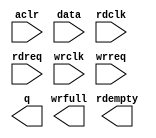
// This program was cloned from: https://github.com/spacemen3/PDP-1
// License: MIT License

// megafunction wizard: %FIFO%VBB%
// GENERATION: STANDARD
// VERSION: WM1.0
// MODULE: dcfifo_mixed_widths 

// ============================================================
// Megafunction Name(s):
// 			dcfifo_mixed_widths
//
// Simulation Library Files(s):
// 			altera_mf
// ============================================================
// ************************************************************
// THIS IS A WIZARD-GENERATED FILE. DO NOT EDIT THIS FILE!
//
// 20.1.1 Build 720 11/11/2020 SJ Standard Edition
// ************************************************************

//Copyright (C) 2020  Intel Corporation. All rights reserved.
//Your use of Intel Corporation's design tools, logic functions 
//and other software and tools, and any partner logic 
//functions, and any output files from any of the foregoing 
//(including device programming or simulation files), and any 
//associated documentation or information are expressly subject 
//to the terms and conditions of the Intel Program License 
//Subscription Agreement, the Intel Quartus Prime License Agreement,
//the Intel FPGA IP License Agreement, or other applicable license
//agreement, including, without limitation, that your use is for
//the sole purpose of programming logic devices manufactured by
//Intel and sold by Intel or its authorized distributors.  Please
//refer to the applicable agreement for further details, at
//https://fpgasoftware.intel.com/eula.

module data_fifo (
	aclr,
	data,
	rdclk,
	rdreq,
	wrclk,
	wrreq,
	q,
	rdempty,
	wrfull);

	input	  aclr;
	input	[31:0]  data;
	input	  rdclk;
	input	  rdreq;
	input	  wrclk;
	input	  wrreq;
	output	[7:0]  q;
	output	  rdempty;
	output	  wrfull;
`ifndef ALTERA_RESERVED_QIS
// synopsys translate_off
`endif
	tri0	  aclr;
`ifndef ALTERA_RESERVED_QIS
// synopsys translate_on
`endif

endmodule

// ============================================================
// CNX file retrieval info
// ============================================================
// Retrieval info: PRIVATE: AlmostEmpty NUMERIC "0"
// Retrieval info: PRIVATE: AlmostEmptyThr NUMERIC "-1"
// Retrieval info: PRIVATE: AlmostFull NUMERIC "0"
// Retrieval info: PRIVATE: AlmostFullThr NUMERIC "-1"
// Retrieval info: PRIVATE: CLOCKS_ARE_SYNCHRONIZED NUMERIC "0"
// Retrieval info: PRIVATE: Clock NUMERIC "4"
// Retrieval info: PRIVATE: Depth NUMERIC "8192"
// Retrieval info: PRIVATE: Empty NUMERIC "1"
// Retrieval info: PRIVATE: Full NUMERIC "0"
// Retrieval info: PRIVATE: INTENDED_DEVICE_FAMILY STRING "Cyclone V"
// Retrieval info: PRIVATE: LE_BasedFIFO NUMERIC "0"
// Retrieval info: PRIVATE: LegacyRREQ NUMERIC "0"
// Retrieval info: PRIVATE: MAX_DEPTH_BY_9 NUMERIC "0"
// Retrieval info: PRIVATE: OVERFLOW_CHECKING NUMERIC "0"
// Retrieval info: PRIVATE: Optimize NUMERIC "2"
// Retrieval info: PRIVATE: RAM_BLOCK_TYPE NUMERIC "0"
// Retrieval info: PRIVATE: SYNTH_WRAPPER_GEN_POSTFIX STRING "0"
// Retrieval info: PRIVATE: UNDERFLOW_CHECKING NUMERIC "0"
// Retrieval info: PRIVATE: UsedW NUMERIC "0"
// Retrieval info: PRIVATE: Width NUMERIC "32"
// Retrieval info: PRIVATE: dc_aclr NUMERIC "1"
// Retrieval info: PRIVATE: diff_widths NUMERIC "1"
// Retrieval info: PRIVATE: msb_usedw NUMERIC "0"
// Retrieval info: PRIVATE: output_width NUMERIC "8"
// Retrieval info: PRIVATE: rsEmpty NUMERIC "1"
// Retrieval info: PRIVATE: rsFull NUMERIC "0"
// Retrieval info: PRIVATE: rsUsedW NUMERIC "0"
// Retrieval info: PRIVATE: sc_aclr NUMERIC "0"
// Retrieval info: PRIVATE: sc_sclr NUMERIC "1"
// Retrieval info: PRIVATE: wsEmpty NUMERIC "0"
// Retrieval info: PRIVATE: wsFull NUMERIC "1"
// Retrieval info: PRIVATE: wsUsedW NUMERIC "0"
// Retrieval info: LIBRARY: altera_mf altera_mf.altera_mf_components.all
// Retrieval info: CONSTANT: INTENDED_DEVICE_FAMILY STRING "Cyclone V"
// Retrieval info: CONSTANT: LPM_NUMWORDS NUMERIC "8192"
// Retrieval info: CONSTANT: LPM_SHOWAHEAD STRING "ON"
// Retrieval info: CONSTANT: LPM_TYPE STRING "dcfifo_mixed_widths"
// Retrieval info: CONSTANT: LPM_WIDTH NUMERIC "32"
// Retrieval info: CONSTANT: LPM_WIDTHU NUMERIC "13"
// Retrieval info: CONSTANT: LPM_WIDTHU_R NUMERIC "15"
// Retrieval info: CONSTANT: LPM_WIDTH_R NUMERIC "8"
// Retrieval info: CONSTANT: OVERFLOW_CHECKING STRING "ON"
// Retrieval info: CONSTANT: RDSYNC_DELAYPIPE NUMERIC "5"
// Retrieval info: CONSTANT: READ_ACLR_SYNCH STRING "OFF"
// Retrieval info: CONSTANT: UNDERFLOW_CHECKING STRING "ON"
// Retrieval info: CONSTANT: USE_EAB STRING "ON"
// Retrieval info: CONSTANT: WRITE_ACLR_SYNCH STRING "OFF"
// Retrieval info: CONSTANT: WRSYNC_DELAYPIPE NUMERIC "5"
// Retrieval info: USED_PORT: aclr 0 0 0 0 INPUT GND "aclr"
// Retrieval info: USED_PORT: data 0 0 32 0 INPUT NODEFVAL "data[31..0]"
// Retrieval info: USED_PORT: q 0 0 8 0 OUTPUT NODEFVAL "q[7..0]"
// Retrieval info: USED_PORT: rdclk 0 0 0 0 INPUT NODEFVAL "rdclk"
// Retrieval info: USED_PORT: rdempty 0 0 0 0 OUTPUT NODEFVAL "rdempty"
// Retrieval info: USED_PORT: rdreq 0 0 0 0 INPUT NODEFVAL "rdreq"
// Retrieval info: USED_PORT: wrclk 0 0 0 0 INPUT NODEFVAL "wrclk"
// Retrieval info: USED_PORT: wrfull 0 0 0 0 OUTPUT NODEFVAL "wrfull"
// Retrieval info: USED_PORT: wrreq 0 0 0 0 INPUT NODEFVAL "wrreq"
// Retrieval info: CONNECT: @aclr 0 0 0 0 aclr 0 0 0 0
// Retrieval info: CONNECT: @data 0 0 32 0 data 0 0 32 0
// Retrieval info: CONNECT: @rdclk 0 0 0 0 rdclk 0 0 0 0
// Retrieval info: CONNECT: @rdreq 0 0 0 0 rdreq 0 0 0 0
// Retrieval info: CONNECT: @wrclk 0 0 0 0 wrclk 0 0 0 0
// Retrieval info: CONNECT: @wrreq 0 0 0 0 wrreq 0 0 0 0
// Retrieval info: CONNECT: q 0 0 8 0 @q 0 0 8 0
// Retrieval info: CONNECT: rdempty 0 0 0 0 @rdempty 0 0 0 0
// Retrieval info: CONNECT: wrfull 0 0 0 0 @wrfull 0 0 0 0
// Retrieval info: GEN_FILE: TYPE_NORMAL data_fifo.v TRUE
// Retrieval info: GEN_FILE: TYPE_NORMAL data_fifo.inc FALSE
// Retrieval info: GEN_FILE: TYPE_NORMAL data_fifo.cmp FALSE
// Retrieval info: GEN_FILE: TYPE_NORMAL data_fifo.bsf FALSE
// Retrieval info: GEN_FILE: TYPE_NORMAL data_fifo_inst.v FALSE
// Retrieval info: GEN_FILE: TYPE_NORMAL data_fifo_bb.v TRUE
// Retrieval info: LIB_FILE: altera_mf